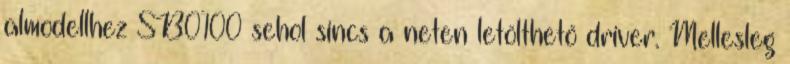
almodellhez SB0100 sehol sincs a neten letölthető driver. Mellesleg